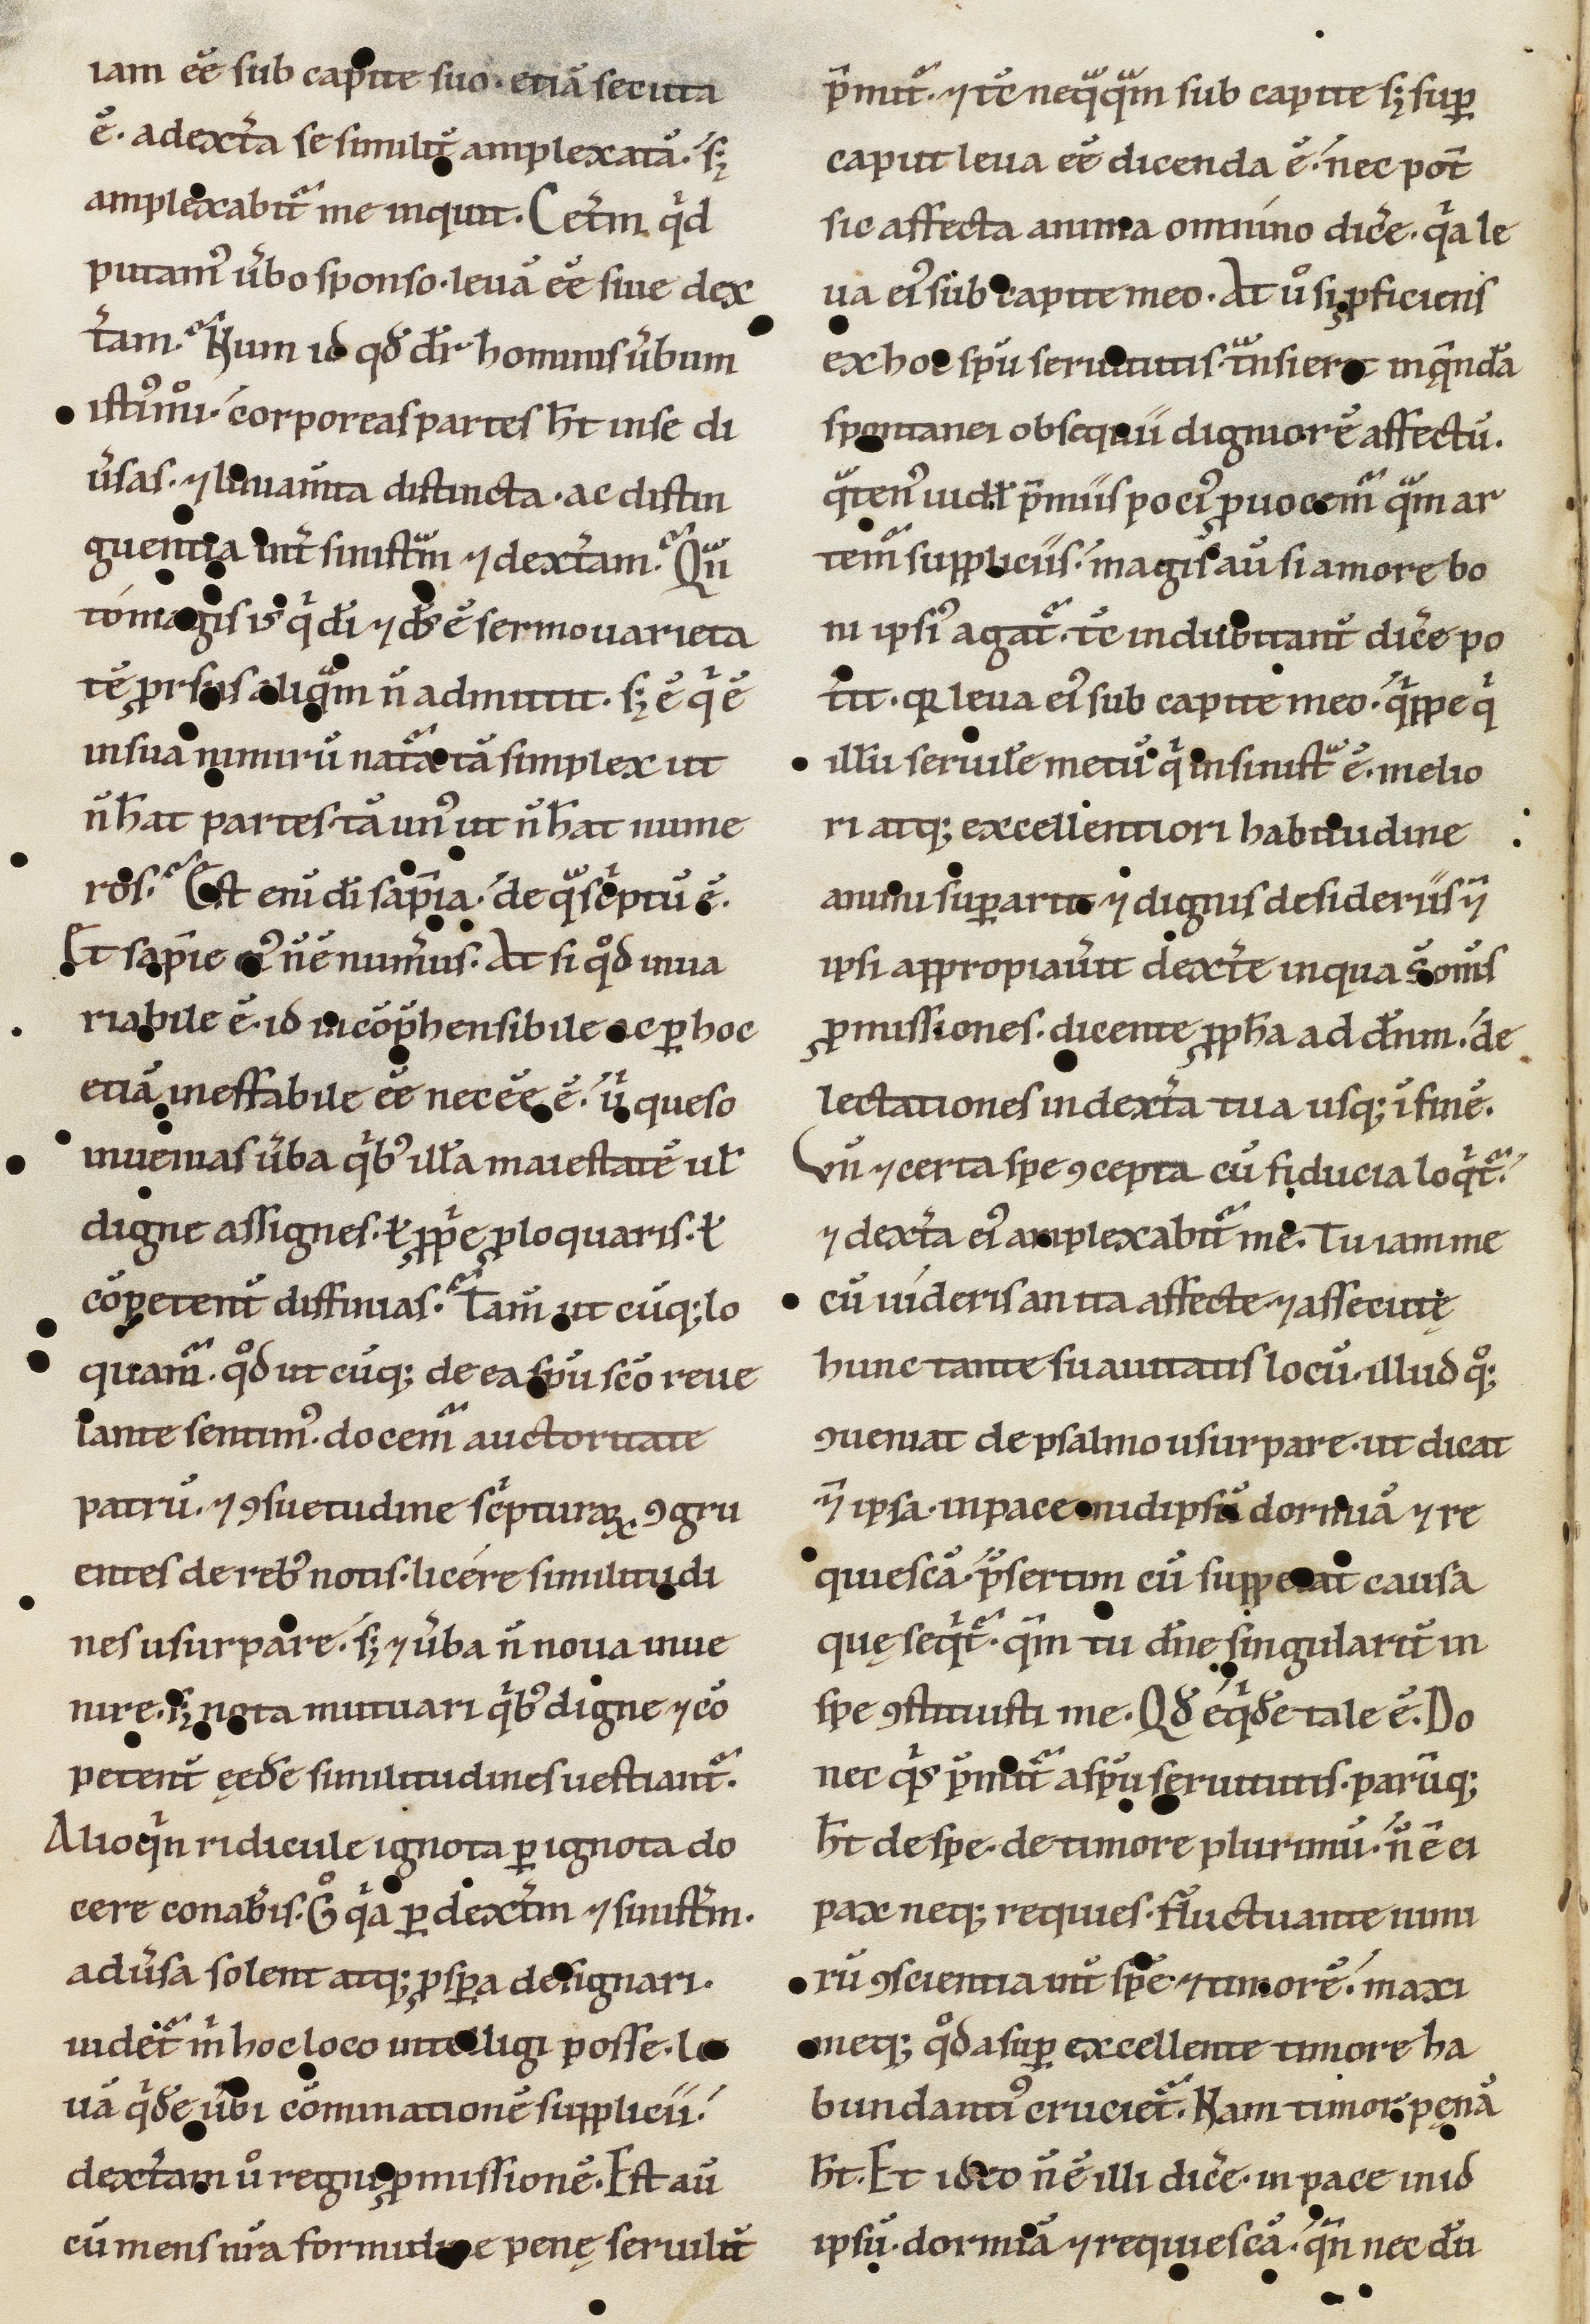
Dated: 1200–1299